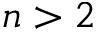
n > 2